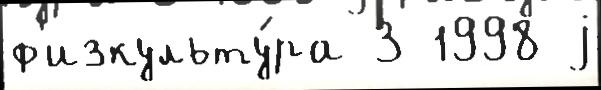
ф'изкульту́ра 3 1998 j